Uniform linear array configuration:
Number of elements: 48
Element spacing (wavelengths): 1
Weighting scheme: cosine
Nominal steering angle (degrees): -45
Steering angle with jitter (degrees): -46.747
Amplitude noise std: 0.05
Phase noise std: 0.05

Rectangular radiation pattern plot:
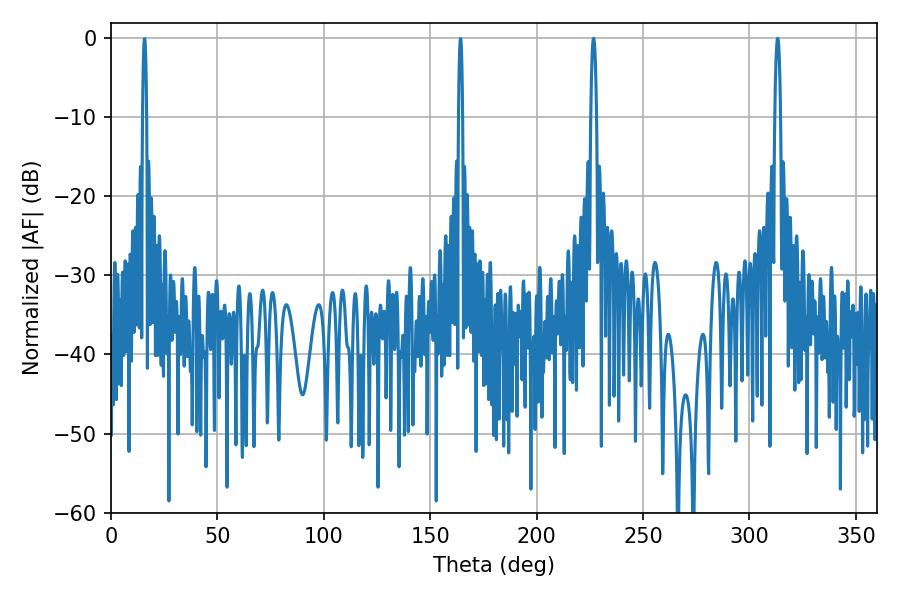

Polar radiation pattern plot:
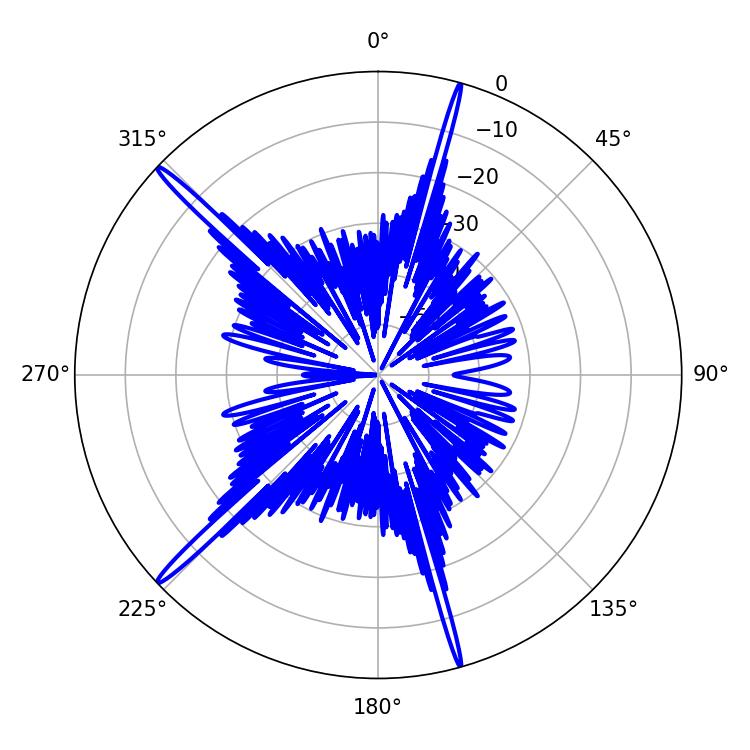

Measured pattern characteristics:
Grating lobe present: TRUE
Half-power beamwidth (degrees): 1.44
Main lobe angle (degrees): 226.8